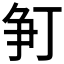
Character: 𬋨